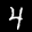
Label: 4